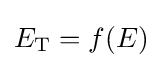
E_{\mathrm {T} }=f(E)